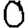
Digit: 0